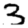
Digit: 3